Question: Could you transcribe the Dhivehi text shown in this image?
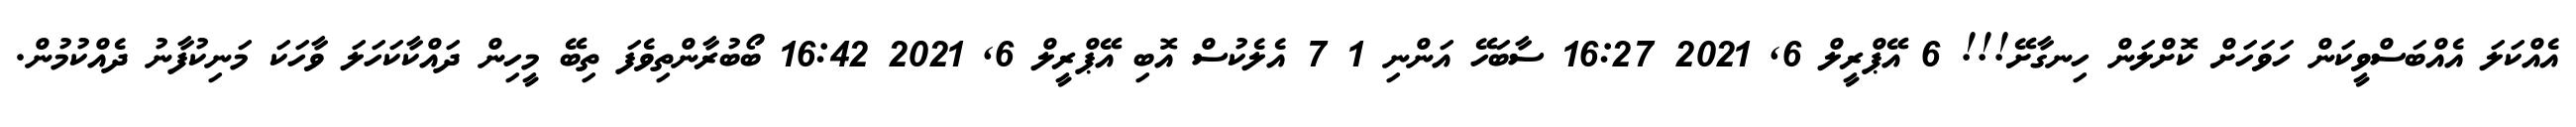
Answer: އެއްކަލަ އެއްބަސްވީކަން ހަވަހަށް ކޮށްލަން ހިނގާށޭ!!! 6 އޭޕްރީލް 6, 2021 16:27 ސާބަހޭ އަންނި 1 7 އެލެކުސް އޮބި އޭޕްރީލް 6, 2021 16:42 ބޯބުރާންތިވެފަ ތިބޭ މީހިން ދައްކާކަހަލަ ވާހަކަ މަނިކުފާނު ދެއްކުމުން.